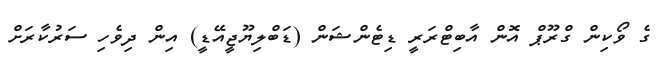
ގެ ވޯކިން ގްރޫޕް އޮން އާބިޓްރަރީ ޑިޓެންޝަން (ޑަބްލިޔޫޖީއޭޑީ) އިން ދިވެހި ސަރުކާރަށް